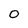
Character: 0